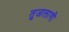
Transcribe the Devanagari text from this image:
तुजलागी